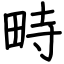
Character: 畤